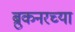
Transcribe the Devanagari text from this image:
ब्रुकनरच्या